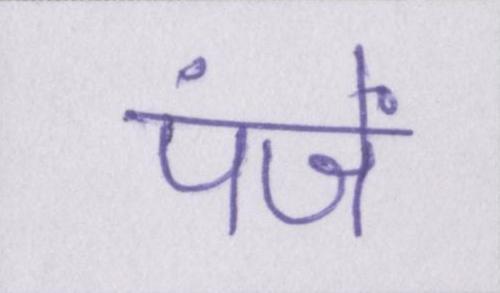
पंजें